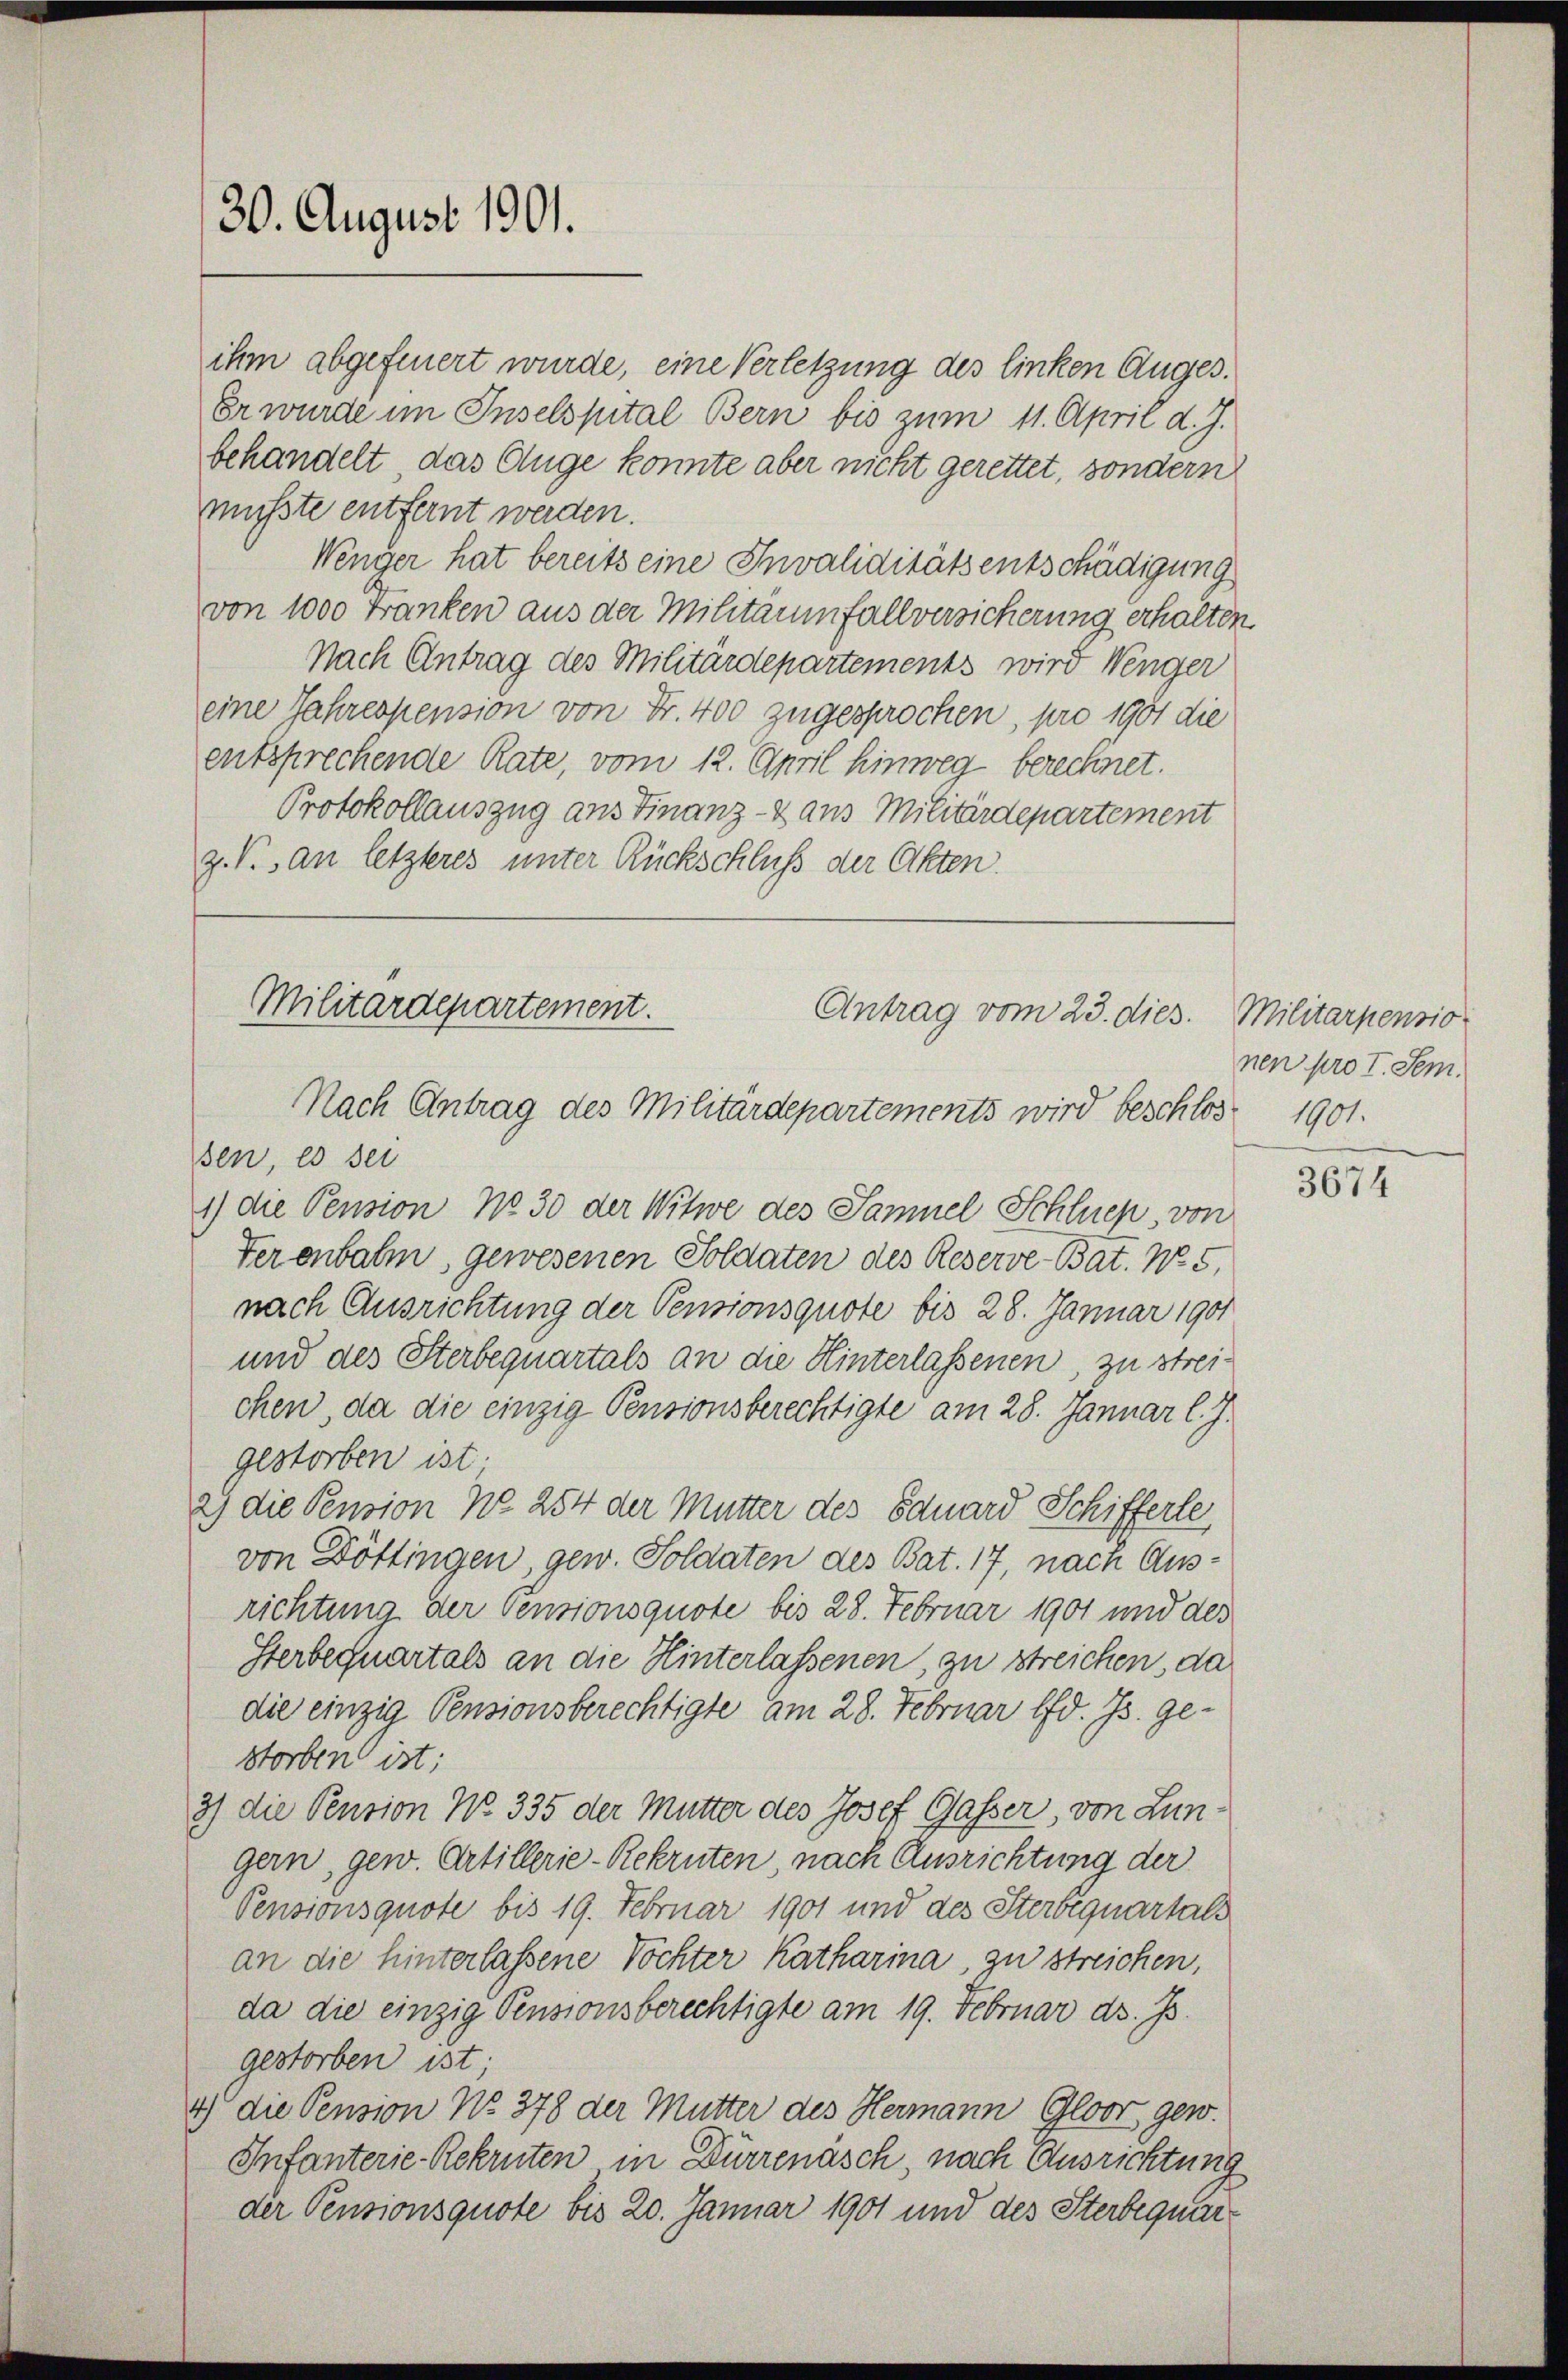
mußte entfernt werden.
Wenger hat bereits eine Invaliditätsentschädigung
von 1000 Franken aus der Militärfallversicherung erhalten.
Nach Antrag des Militärdepartements wird Wenger
eine Jahrespension von Fr. 400 zugesprochen, pro 1901 die
entsprechende Rate, vom 12. April hinweg berechnet.
Protokollauszug aus Finanz- & aus Militärdepartement
z. V., an letzteres unter Rückschluß der Akten.

30. August 1901.

ihm abgefeuert wurde, eine Verletzung des linken Auges¬
Er wurde im Inselspital Bern bis zum 11. April d. J.
behandelt, das Auge konnte aber nicht gerettet, sondern

Militärdepartement.
Antrag vom 23. dies. Militarpensio
Nach Antrag des Militärdepartements wird beschlos 1901.

sen, es sei
1) die Pension No 30 der Witwe des Samuel Schluep, von
Ferenbahn, gewesenen Soldaten des Reserve-Bat. No 5.
nach Ausrichtung der Pensionsquote bis 28. Januar 1901
und des Sterbequartals an die Hinterlassenen, zu streichen, da die einzig Pensionsberechtigte am 28. Januar l. J.
gestorben ist.
2) die Pension No 254 der Mutter des Eduard Schifferte
von Döttingen, gew. Soldaten des Bat. 17, nach Ausrichtung der Pensionsquote bis 28. Februar 1901 und des
Sterbequartals an die Hinterlassenen, zu streichen, da
die einzig Pensionsberechtigte am 28. Februar lfd. Js. gestorben ist:
3) die Pension No. 335 der Mutter des Josef Gasser, von Lungern, gew. Artillerie-Rekruten, nach Ausrichtung der
Pensionsquote bis 19. Februar 1901 und des Sterbiquartals
an die hinterlassene Töchter Katharina, zu streichen,
da die einzig Pensionsberechtigte am 19. Februar d. Js.
gestorben ist
4) die Pension No 378 der Mutter des Hermann Gloor gew
Infanterie-Rekruten in Dürrenäsch, nach Ausrichtung
der Pensionsquote bis 20. Januar 1901 und des Sterbequar¬

nen pro I. Sem.

3674